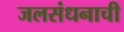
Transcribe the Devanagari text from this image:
जलसंधनाची